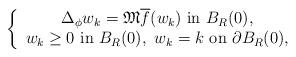
LaTeX: \begin{align*} \left\{\begin{array}{c} \Delta_{\phi}w_k=\mathfrak{M} \overline{f}(w_k)\ \mbox{in}\ B_R(0),\\w_k \geq0\ \mbox{in}\ B_R(0),\ w_k=k\ \mbox{on}\ \partial B_R(0),\end{array}\right.\end{align*}